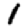
Digit: 1